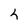
Character: L